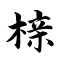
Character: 榇